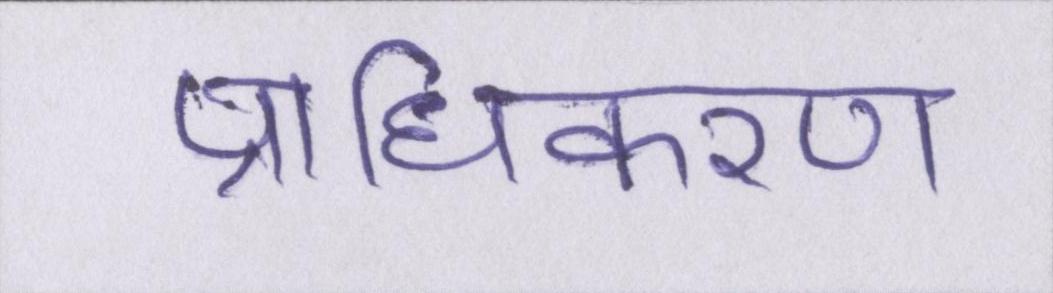
प्राधिकरण